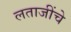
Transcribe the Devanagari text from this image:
लताजींचे